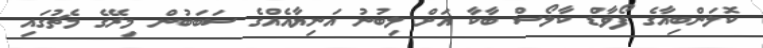
ކޮލަންބިއާގެ ފޯވާޑް ކާލޯސް ބާކާ އަށް ލިބުނު އަނިޔާއެއްގެ ސަބަަބުން މިރޭގެ މެޗުގައި